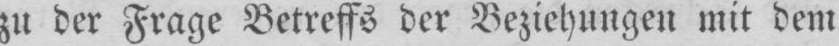
zu der Frage Betreffs der Beziehungen mit dem